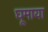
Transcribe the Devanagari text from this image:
घूमाया